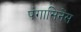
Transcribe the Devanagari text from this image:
पंगासिनेंस